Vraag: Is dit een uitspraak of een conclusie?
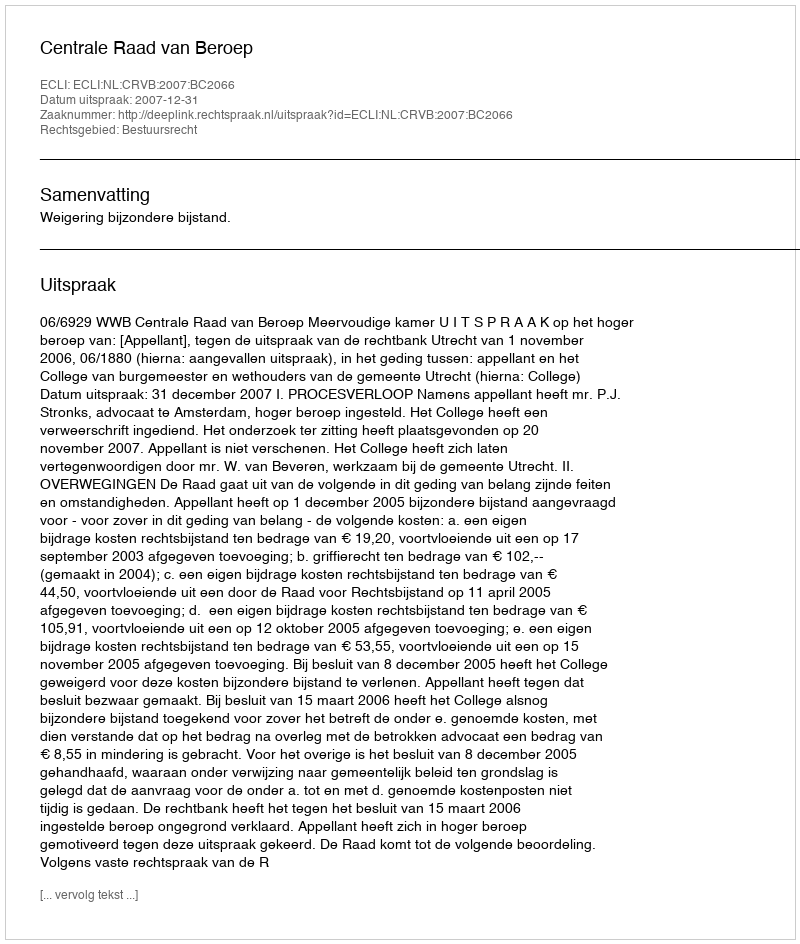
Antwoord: Uitspraak